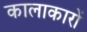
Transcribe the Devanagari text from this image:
कालाकारों